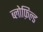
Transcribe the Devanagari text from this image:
ब्लोफ़िल्ड